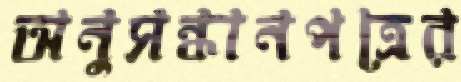
অনুসন্ধানপত্রের